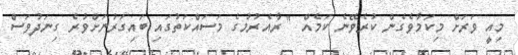
މިއީ ވަރަށް މިކަމާވެގެން ކުރެވޭނެ ކަމެއް " ރާއެރުމުގެ މަސައްކަތުގައި ބައިގަރުނަށްވުރެ ގިނަދުވަސް